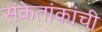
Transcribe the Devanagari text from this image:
संकेतांकांची